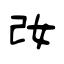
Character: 妀